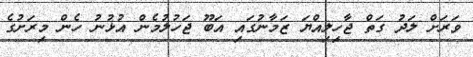
ވަރަށް ލަދު ގަތް ޖާހިލިއްޔަ ޒަމާނުގައި އަބޫ ޖަހުލުމެން އުޅުނު ހެން މިރަށުގެ